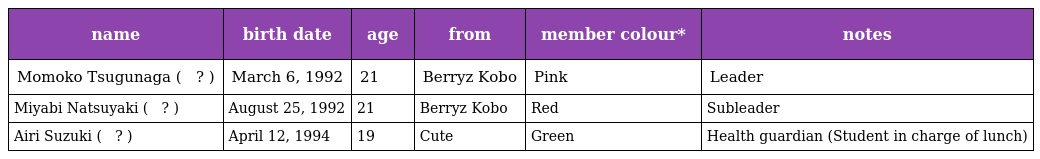
| name | birth date | age | from | member colour* | notes |
 | --- | --- | --- | --- | --- | --- |
 | Momoko Tsugunaga ( 嗣永 桃子 ? ) | March 6, 1992 | 21 | Berryz Kobo | Pink | Leader |
 | Miyabi Natsuyaki ( 夏焼 雅 ? ) | August 25, 1992 | 21 | Berryz Kobo | Red | Subleader |
 | Airi Suzuki ( 鈴木 愛理 ? ) | April 12, 1994 | 19 | Cute | Green | Health guardian (Student in charge of lunch) |